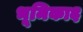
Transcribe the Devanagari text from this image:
भूमिका६